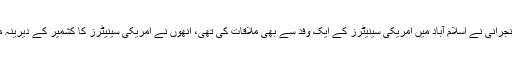
یاد رہے ایک ہفتہ قبل چیئرمین سینیٹ صادق سنجرانی نے اسلام آباد میں امریکی سینیٹرز کے ایک وفد سے بھی ملاقات کی تھی، انھوں نے امریکی سینیٹرز کا کشمیر کے دیرینہ مسئلے پر حمایت کرنے پر ان کا شکریہ ادا کیا۔